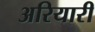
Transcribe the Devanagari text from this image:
अरियारी